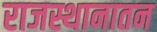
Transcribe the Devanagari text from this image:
राजस्थानातन